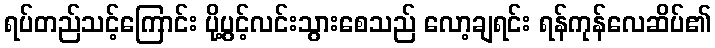
ရပ်တည်သင့်ကြောင်း ပို့ပွင့်လင်းသွားစေသည် လော့ချရင်း ရန်ကုန်လေဆိပ်၏